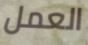
العمل